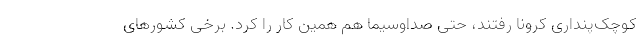
کوچک‌پنداری کرونا رفتند، حتی صداوسیما هم همین کار را کرد. برخی کشورهای